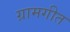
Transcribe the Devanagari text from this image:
ग्रामगीत